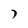
Character: 7